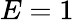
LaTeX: E=1